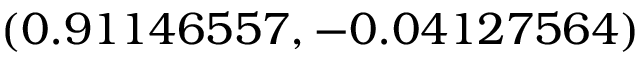
( 0 . 9 1 1 4 6 5 5 7 , - 0 . 0 4 1 2 7 5 6 4 )